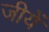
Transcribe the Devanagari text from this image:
जीयें